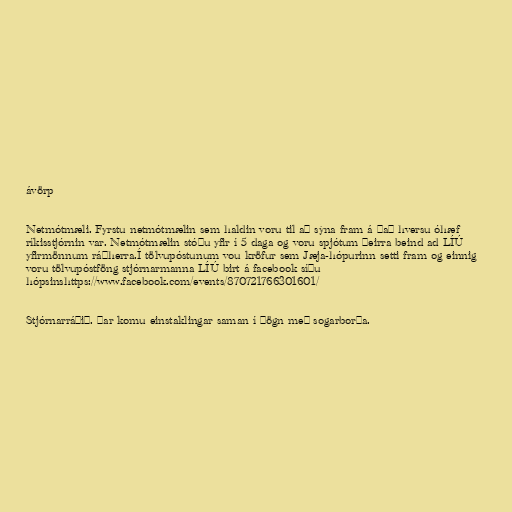
ávörp

Netmótmæli. Fyrstu netmótmælin sem haldin voru til að sýna fram á það hversu óhæf
ríkisstjórnin var. Netmótmælin stóðu yfir í 5 daga og voru spjótum þeirra beind ad LÍÚ
yfirmönnum ráðherra.Í tölvupóstunum vou kröfur sem Jæja-hópurinn setti fram og einnig
voru tölvupóstföng stjórnarmanna LÍÚ birt á facebook síðu
hópsinshttps://www.facebook.com/events/870721766301601/

Stjórnarráðið. Þar komu einstaklingar saman í þögn með sogarborða.